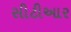
સીટીઆર